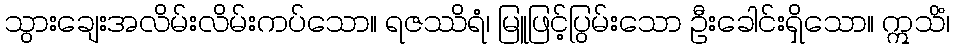
သွားချေးအလိမ်းလိမ်းကပ်သော။ ရဇဿိရံ၊ မြူဖြင့်ပြွမ်းသော ဦးခေါင်းရှိသော။ ဣသိံ၊